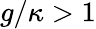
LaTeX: g/\kappa>1